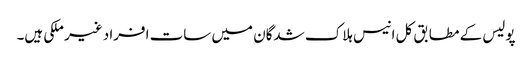
پولیس کے مطابق کل انیس ہلاک شدگان میں سات افراد غیر ملکی ہیں۔